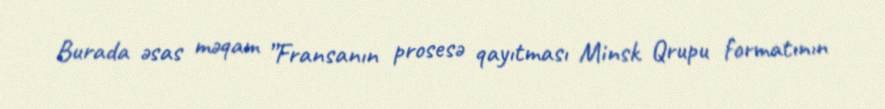
Burada əsas məqam ”Fransanın prosesə qayıtması Minsk Qrupu formatının